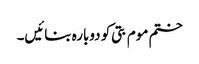
ختم موم بتی کو دوبارہ بنائیں۔